Vaccination in Bombay 1874-1876 - 1874-1876
Year: 1874
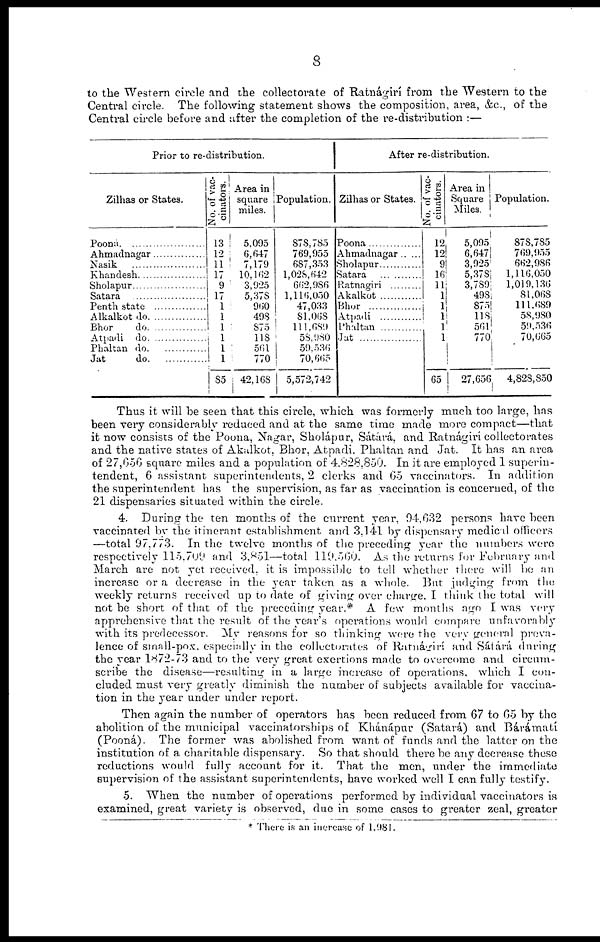
8
to the Western circle and the collectorate of Ratnágirí from the Western to the
Central circle. The following statement shows the composition, area, &c., of the
Central circle before and after the completion of the re-distribution :—
Prior to re-distribution.
Zilhas or States.
Pooná
Ahmadnagar
Nasik
Khandesh
Sholapur
Satara
Penth state
Alkalkot do
Bhor
do
Atpadi do
Phaltan do
Jat
do
No. of vac-
cinators.
13
12
11
17
9
17
1
1
1
1
1
1
85
Area in
square
miles.
5.095
6,647
7,179
10, 162
3,925
5,378
960
498
875
118
561
770
42,168
Population.
878,785
769,955
687,353
1,028,642
662,986
1,116,050
47,033
81,068
111,689
58,980
59,536
70,665
5,572,742
After re-distribution.
Zilhas or States.
Poona
Ahmadnagar
Sholapur
Satara
Ratnagiri
Akalkot
Bhor
Atpadi
Phaltan
Jat
No. of vac-
cinators.
12
12
9
16
11
1
1
1
1
1
65
Area in
Square
Miles.
5,095
6,647
3,925
5,378
3,789
498
875
118
561
770
27,656
Population.
878,785
769,955
662,986
1,116,050
1,019,136
81,068
111,689
58,980
59,536
70,665
4,828,850
Thus it will be seen that this circle, which was formerly much too large, has
been very considerably reduced and at the same time made more compact—that
it now consists of the Poona, Nagar, Sholápur, Sátárá, and Ratnágirí collectorates
and the native states of Akalkot, Bhor, Atpadi. Phaltan and Jat. It has an area
of 27,656 square miles and a population of 4,828,850. In it are employed 1 superin-
tendent, 6 assistant superintendents, 2 clerks and 65 vaccinators. In addition
the superintendent has the supervision, as far as vaccination is concerned, of the
21 dispensaries situated within the circle.
4. During the ten months of the current year, 94,632 persons have been
vaccinated by the itinerant establishment and 3,141 by dispensary medical officers
—total 97,773. In the twelve months of the preceding year the numbers were
respectively 115,709 and 3,851—total 119,560. As the returns for February and
March are not yet received, it is impossible to tell whether there will be an
increase or a decrease in the year taken as a whole. But judging from the
weekly returns received up to date of giving over charge. I think the total will
not be short of that of the preceding year.* A few months ago I was very
apprehensive that the result of the year's operations would compare unfavorably
with its predecessor. My reasons for so thinking were the very general preva-
lence of small-pox. especially in the collectorates of Ratnágirí and Sátárá during
the year 1872-73 and to the very great exertions made to overcome and circum-
scribe the disease—resulting in a large increase of operations, which I con-
cluded must very greatly diminish the number of subjects available for vaccina-
tion in the year under under report.
Then again the number of operators has been reduced from 67 to 65 by the
abolition of the municipal vaccinatorships of Khánápur (Satará) and Bárámatí
(Pooná). The former was abolished from want of funds and the latter on the
institution of a charitable dispensary. So that should there be any decrease these
reductions would fully account for it. That the men, under the immediate
supervision of the assistant superintendents, have worked well I can fully testify.
5. When the number of operations performed by individual vaccinators is
examined, great variety is observed, due in some cases to greater zeal, greater
* There is an increase of 1,981.